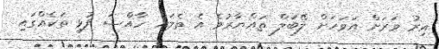
އިރު ވަރަށް އަވަހަށް ލޭބަލް ތައްޔާރުވެ އެ ތެލަށް ހާއްސަ ފުޅި ތަކެއްގައި